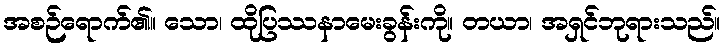
အစဉ်ရောက်၏။ သော၊ ထိုပြဿနာမေးခွန်းကို။ တယာ၊ အရှင်ဘုရားသည်။